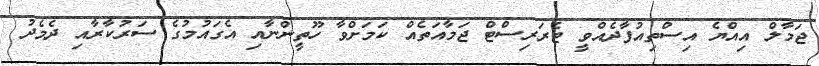
ޖަމާލް އިއްޔެ އިސްތިއުފާދެއްވީ ޓެރަރިސްޓް ޖަމާއަތެއް ކަމަށްވާ ހޫތީންނާއި އެގައުމުގެ ސަރުކާރާއި ދެމެދު